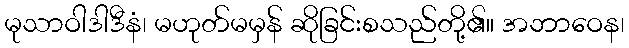
မုသာဝါဒါဒီနံ၊ မဟုတ်မမှန် ဆိုခြင်းစသည်တို့၏။ အဘာဝေန၊